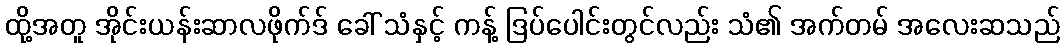
ထို့အတူ အိုင်းယန်းဆာလဖိုက်ဒ် ခေါ် သံနှင့် ကန့် ဒြပ်ပေါင်းတွင်လည်း သံ၏ အက်တမ် အလေးဆသည်